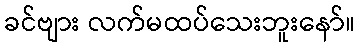
ခင်ဗျား လက်မထပ်သေးဘူးနော်။